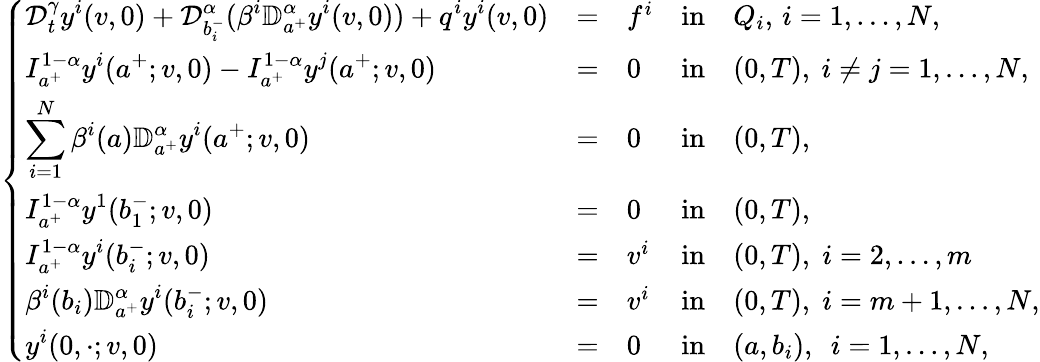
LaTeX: \left\{ \begin{array}{lllllllllllllllll}{\displaystyle{\mathcal D}_{t}^{\gamma}y^{i}(v,0)+\mathcal{D}_{b_{i}^{-}}^{\alpha}(\beta^{i}\mathbb{D}_{a^{+}}^{\alpha}y^{i}(v,0))+q^{i}y^{i}(v,0)}&{=}&{f^{i}}&{\mathrm{in}}&{Q_{i},\, i=1,\dots,N,}\\ {\displaystyle I_{a^{+}}^{1-\alpha}y^{i}(a^{+};v,0)-I_{a^{+}}^{1-\alpha}y^{j}(a^{+};v,0)}&{=}&{0}&{\mathrm{in}}&{(0,T),~i\neq j=1,\dots,N,}\\ {\displaystyle\sum_{i=1}^{N}\beta^{i}(a)\mathbb{D}_{a^{+}}^{\alpha}y^{i}(a^{+};v,0)}&{=}&{0}&{\mathrm{in}}&{(0,T),}\\ {\displaystyle I_{a^{+}}^{1-\alpha}y^{1}(b_{1}^{-};v,0)}&{=}&{0}&{\mathrm{in}}&{(0,T),}\\ {\displaystyle I_{a^{+}}^{1-\alpha}y^{i}(b_{i}^{-};v,0)}&{=}&{v^{i}}&{\mathrm{in}}&{(0,T),\; i=2,\dots,m}\\ {\displaystyle\beta^{i}(b_{i})\mathbb{D}_{a^{+}}^{\alpha}y^{i}(b_{i}^{-};v,0)}&{=}&{v^{i}}&{\mathrm{in}}&{(0,T),\; i=m+1,\dots,N,}\\ {\displaystyle y^{i}(0,\cdot;v,0)}&{=}&{0}&{\mathrm{in}}&{(a,b_{i}),~~i=1,\dots,N,}\end{array}\right.